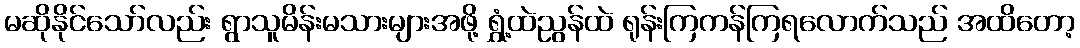
မဆိုနိုင်သော်လည်း ရွာသူမိန်းမသားများအဖို့ ရွှံ့ထဲညွန်ထဲ ရုန်းကြကန်ကြရလောက်သည် အထိတော့